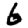
Digit: 6